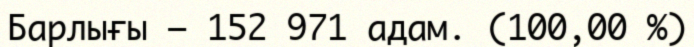
Барлығы — 152 971 адам. (100,00 %)